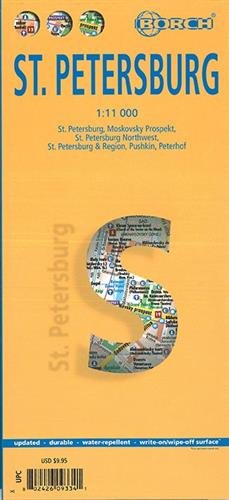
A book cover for Laminated St. Petersburg City Streets Map by Borch (English Edition); Borch; Travel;